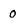
Character: 0